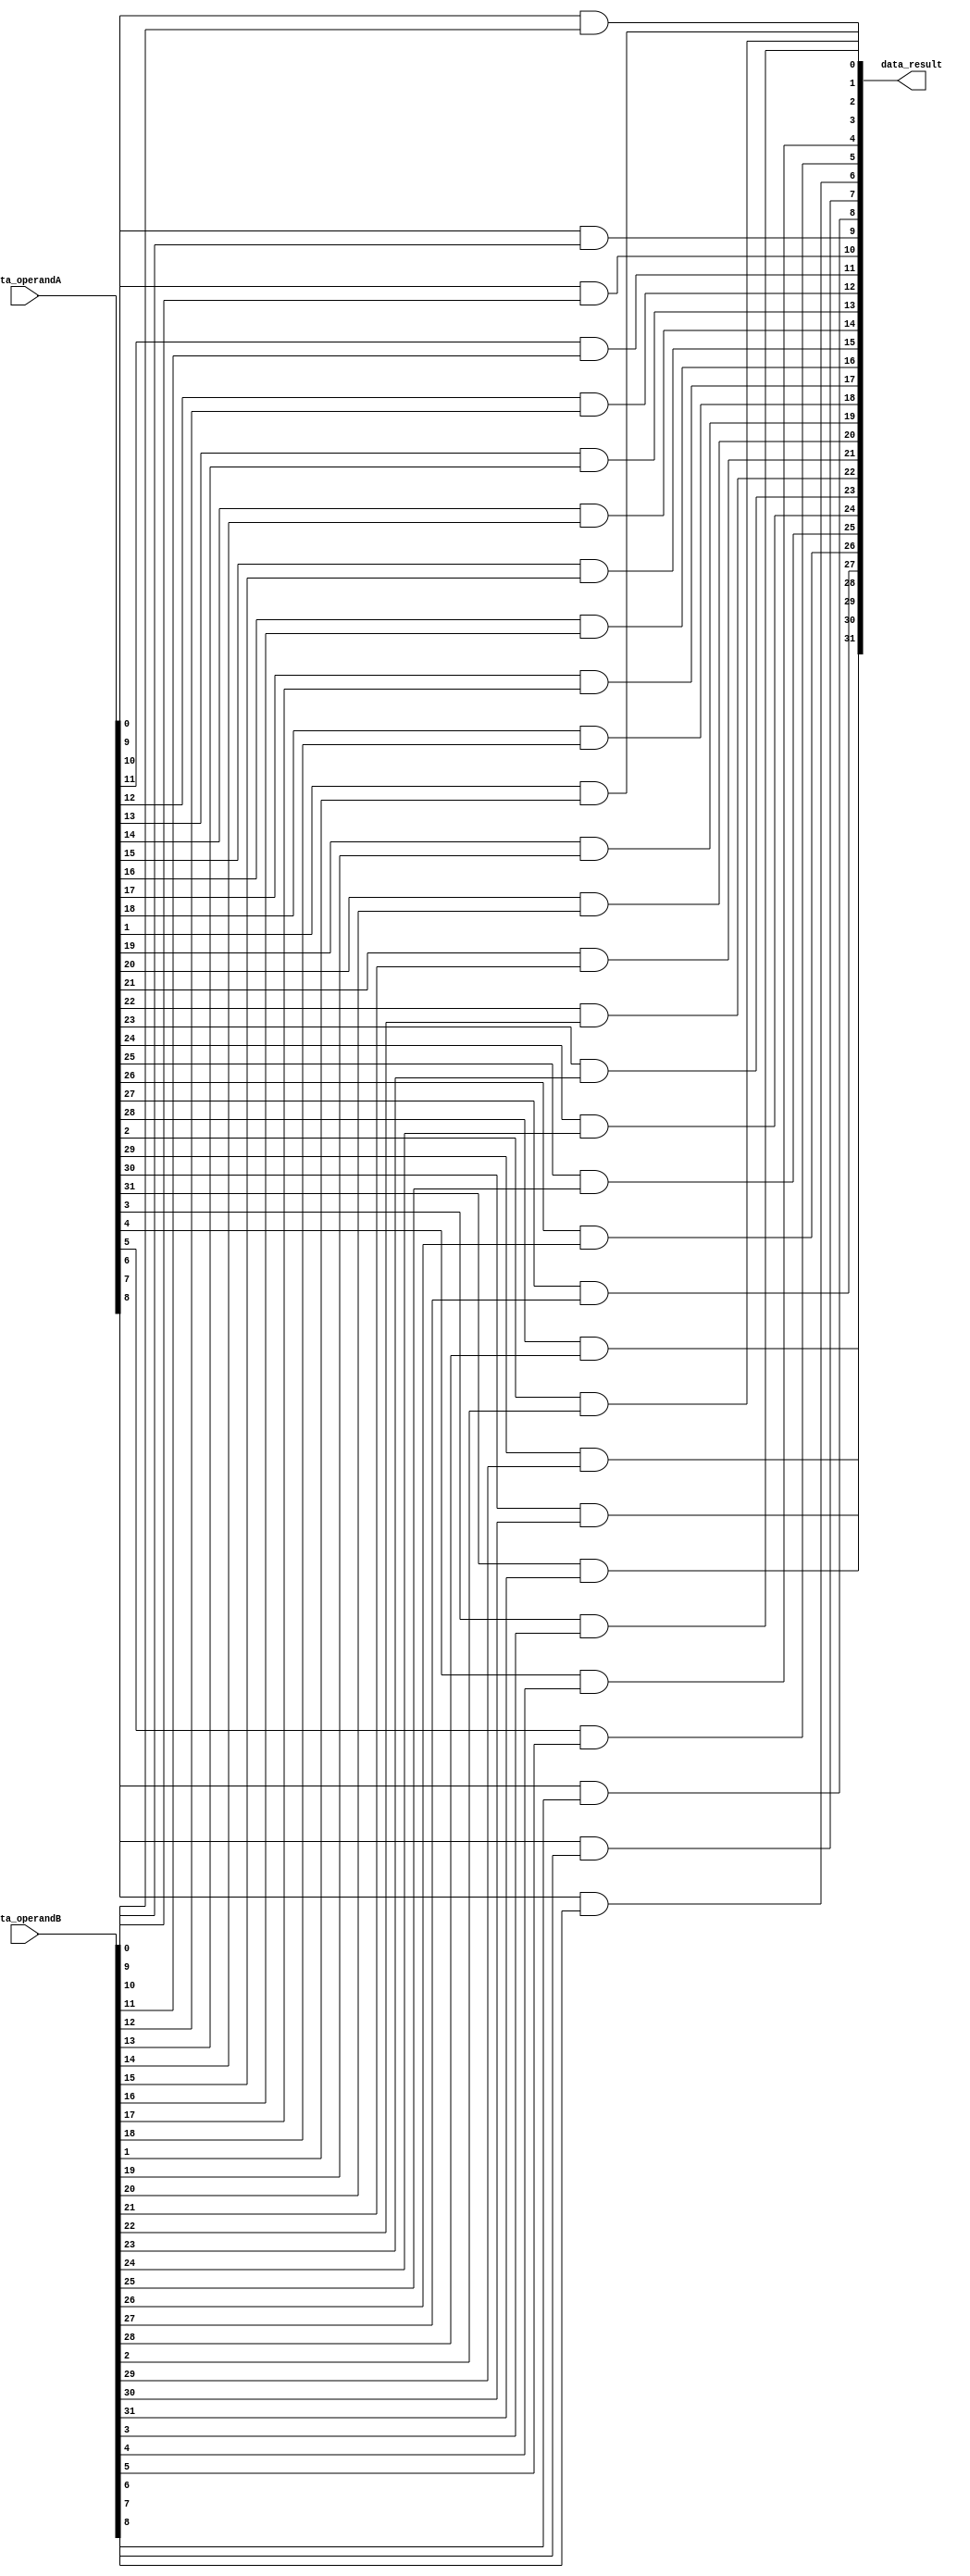
module bitwise_and(data_operandA, data_operandB, data_result);
	input [31:0] data_operandA, data_operandB;
	output [31:0] data_result;
	
	genvar i;
	generate
		for(i = 0; i < 32; i = i + 1) begin: andgateforloop
			and and_gate(data_result[i], data_operandA[i], data_operandB[i]);
			end
		endgenerate
endmodule